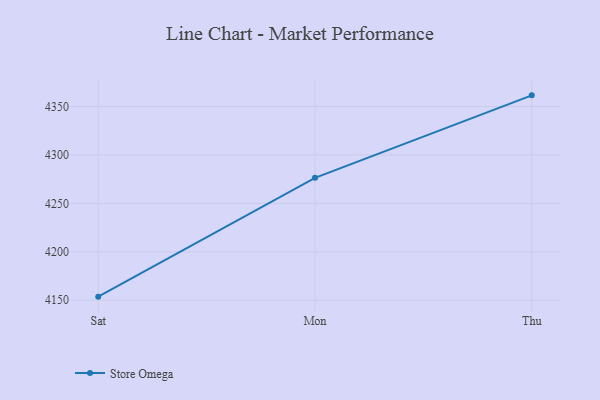
{"axis": {"x": "Day", "y": "Temperature (°C)"}, "legend": ["Store Omega"], "data": [{"x": "Sat", "y": 4153.7, "type": "Store Omega"}, {"x": "Mon", "y": 4276.4, "type": "Store Omega"}, {"x": "Thu", "y": 4361.5, "type": "Store Omega"}]}